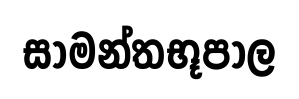
සාමන්තභූපාල